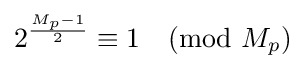
2^{\frac {M_{p}-1}{2}}\equiv 1{\pmod {M_{p}}}